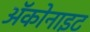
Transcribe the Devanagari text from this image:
ॲकोनाइट